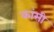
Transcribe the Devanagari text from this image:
कांसी